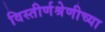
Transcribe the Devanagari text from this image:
विस्तीर्णश्रेणीच्या